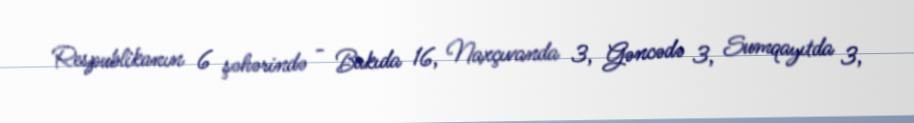
Respublikanın 6 şəhərində - Bakıda 16, Naxçıvanda 3, Gəncədə 3, Sumqayıtda 3,